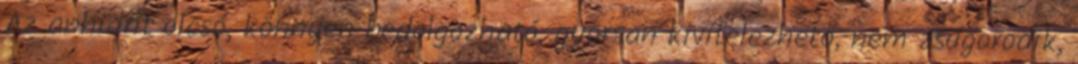
Az anhidrit olcsó, könnyen bedolgozható, gyorsan kivitelezhető, nem zsugorodik,